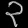
Digit: ၃